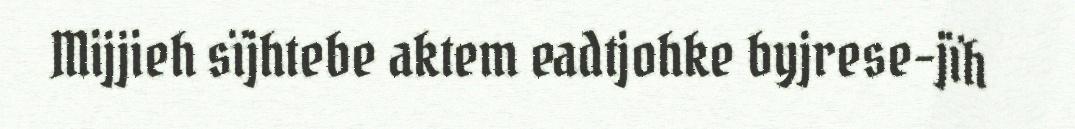
Mijjieh sïjhtebe aktem eadtjohke byjrese-jïh